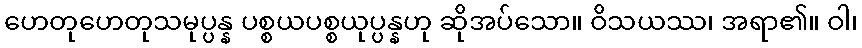
ဟေတုဟေတုသမုပ္ပန္န ပစ္စယပစ္စယုပ္ပန္နဟု ဆိုအပ်သော။ ဝိသယဿ၊ အရာ၏။ ဝါ၊